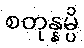
စတုန္နမ္ပိ